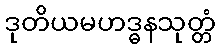
ဒုတိယမဟဒ္ဓနသုတ္တံ